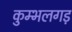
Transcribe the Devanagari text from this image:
कुम्भलगड़